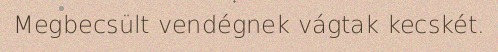
Megbecsült vendégnek vágtak kecskét.